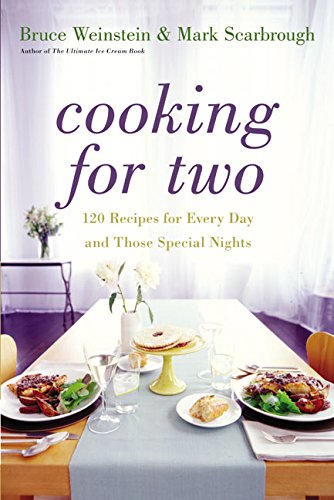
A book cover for Cooking for Two: 120 Recipes for Every Day and Those Special Nights; Bruce Weinstein; Cookbooks, Food & Wine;